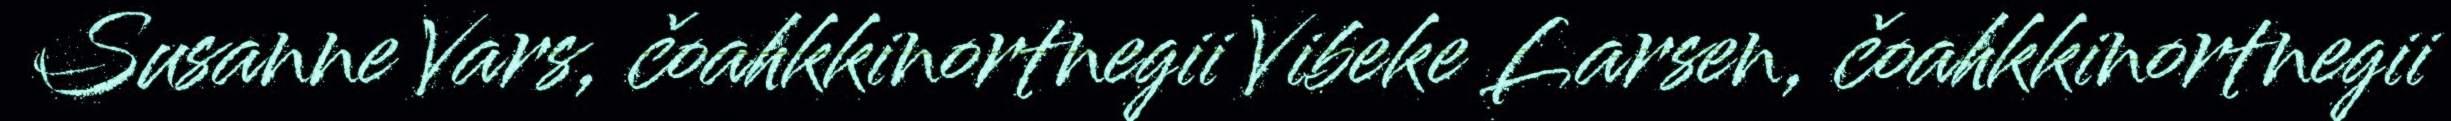
Susanne Vars, čoahkkinortnegii Vibeke Larsen, čoahkkinortnegii